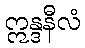
ဣန္ဒနီလံ